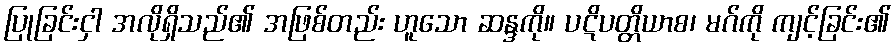
ပြုခြင်းငှါ အလိုရှိသည်၏ အဖြစ်တည်း ဟူသော ဆန္ဒကို။ ပဋိပတ္တိယာစ၊ မဂ်ကို ကျင့်ခြင်း၏